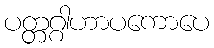
ပတ္တဂ္ဂါဟာပကောပေ